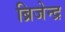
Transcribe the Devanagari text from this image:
ब्रिजेन्द्र